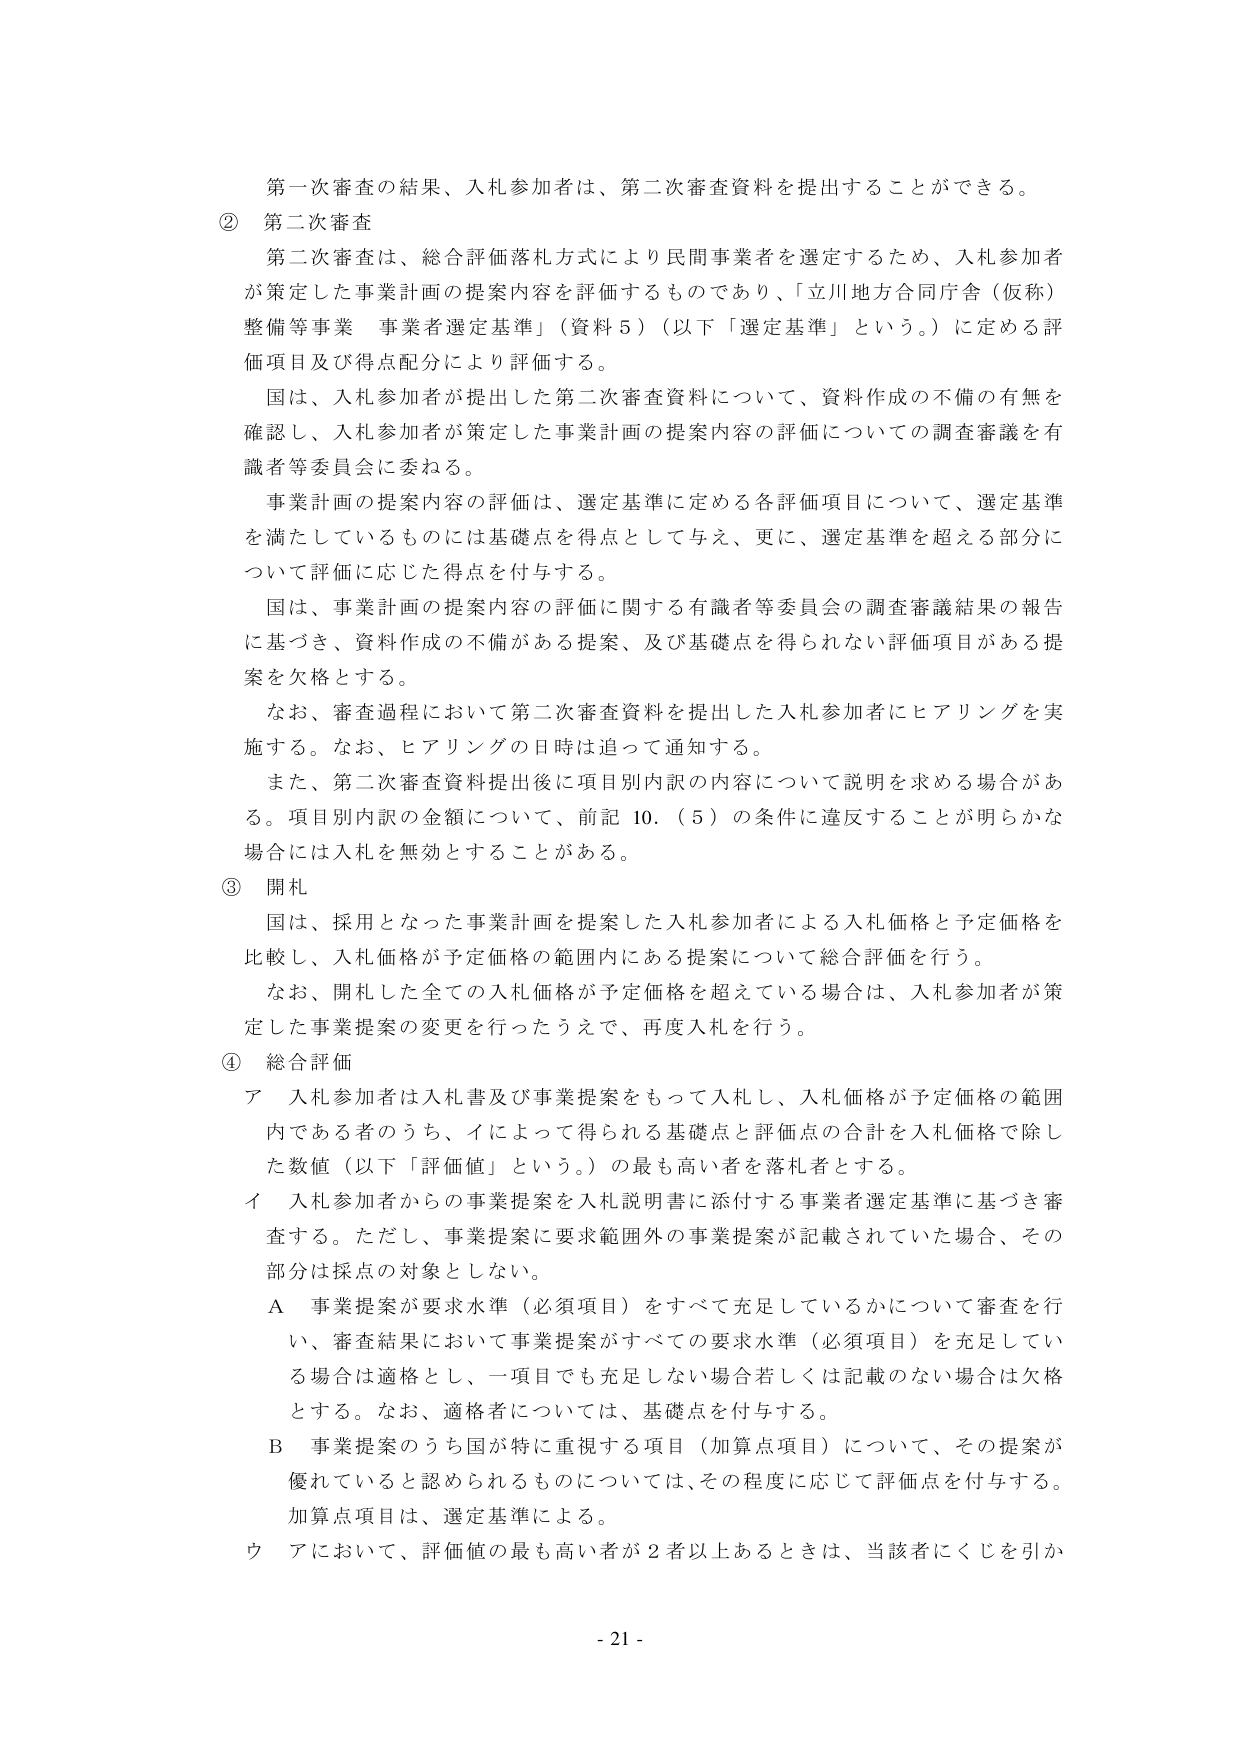
第一次審査の結果、入札参加者は、第二次審査資料を提出することができる。

② 第二次審査

第二次審査は、総合評価落札方式により民間事業者を選定するため、入札参加者が策定した事業計画の提案内容を評価するものであり、「立川地方合同庁舎（仮称）整備等事業 事業者選定基準」（資料５）（以下「選定基準」という。）に定める評価項目及び得点配分により評価する。

国は、入札参加者が提出した第二次審査資料について、資料作成の不備の有無を確認し、入札参加者が策定した事業計画の提案内容の評価についての調査審議を有識者等委員会に委ねる。

事業計画の提案内容の評価は、選定基準に定める各評価項目について、選定基準を満たしているものには基礎点を得点として与え、更に、選定基準を超える部分について評価に応じた得点を付与する。

国は、事業計画の提案内容の評価に関する有識者等委員会の調査審議結果の報告に基づき、資料作成の不備がある提案、及び基礎点を得られない評価項目がある提案を欠格とする。

なお、審査過程において第二次審査資料を提出した入札参加者にヒアリングを実施する。なお、ヒアリングの日時は追って通知する。

また、第二次審査資料提出後に項目別内訳の内容について説明を求める場合がある。項目別内訳の金額について、前記10．（5）の条件に違反することが明らかな場合には入札を無効とすることがある。

③ 開札

国は、採用となった事業計画を提案した入札参加者による入札価格と予定価格を比較し、入札価格が予定価格の範囲内にある提案について総合評価を行う。

なお、開札した全ての入札価格が予定価格を超えている場合は、入札参加者が策定した事業提案の変更を行ったうえで、再度入札を行う。

④ 総合評価

ア 入札参加者は入札書及び事業提案をもって入札し、入札価格が予定価格の範囲内である者のうち、イによって得られる基礎点と評価点の合計を入札価格で除した数値（以下「評価値」という。）の最も高い者を落札者とする。

イ 入札参加者からの事業提案を入札説明書に添付する事業者選定基準に基づき審査する。ただし、事業提案に要求範囲外の事業提案が記載されていた場合、その部分は採点の対象としない。

A 事業提案が要求水準（必須項目）をすべて充足しているかについて審査を行い、審査結果において事業提案がすべての要求水準（必須項目）を充足している場合は適格とし、一項目でも充足しない場合若しくは記載のない場合は欠格とする。なお、適格者については、基礎点を付与する。

B 事業提案のうち国が特に重視する項目（加算点項目）について、その提案が優れていると認められるものについては、その程度に応じて評価点を付与する。加算点項目は、選定基準による。

ウ アにおいて、評価値の最も高い者が2者以上あるときは、当該者にくじを引か

- 21 -